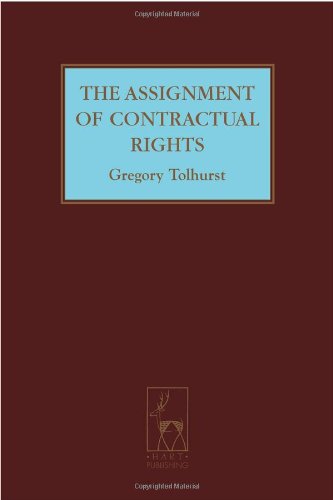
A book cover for The Assignment of Contractual Rights; Greg Tolhurst; Law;